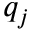
q _ { j }